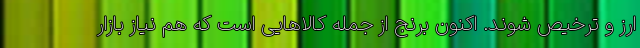
ارز و ترخیص شوند. اکنون برنج از جمله کالاهایی است که هم نیاز بازار